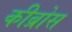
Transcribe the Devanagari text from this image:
कीब्रोस